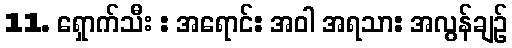
11. ရှောက်သီး : အရောင်: အဝါ အရသာ: အလွန်ချဉ်